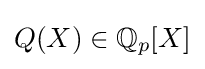
Q(X)\in \mathbb {Q} _{p}[X]